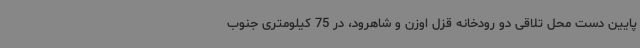
پایین دست محل تلاقی دو رودخانه قزل اوزن و شاهرود، در 75 کیلومتری جنوب